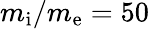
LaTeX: m_{\mathrm{i}}/m_{\mathrm{e}}=50